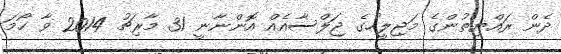
ދެން ރައްޔިތުންގެ މަޖިލީހުގެ ޖަލްސާއެއް އޮންނާނީ 31 މާރިޗު 2014 ވާ ހޯމަ